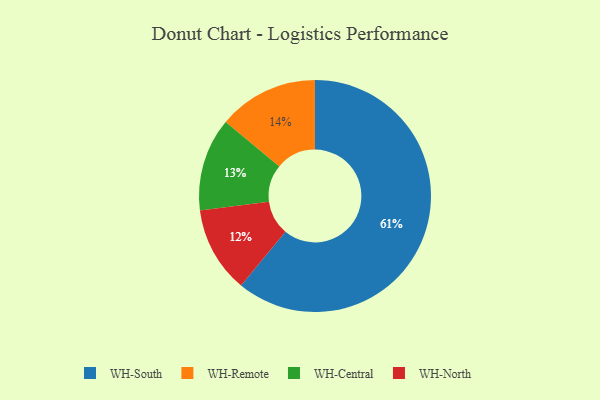
{"axis": {"x": "Category", "y": "Percentage"}, "legend": ["WH-Central", "WH-North", "WH-Remote", "WH-South"], "data": [{"x": "WH-South", "y": 61, "type": "WH-South"}, {"x": "WH-North", "y": 12, "type": "WH-North"}, {"x": "WH-Central", "y": 13, "type": "WH-Central"}, {"x": "WH-Remote", "y": 14, "type": "WH-Remote"}]}